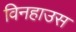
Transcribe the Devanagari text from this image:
विनहाउस